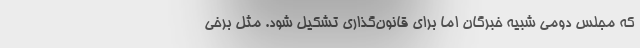
که مجلس دومی شبیه خبرگان اما برای قانون‌گذاری تشکیل شود. مثل برخی